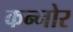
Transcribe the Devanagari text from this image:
कन्नोर